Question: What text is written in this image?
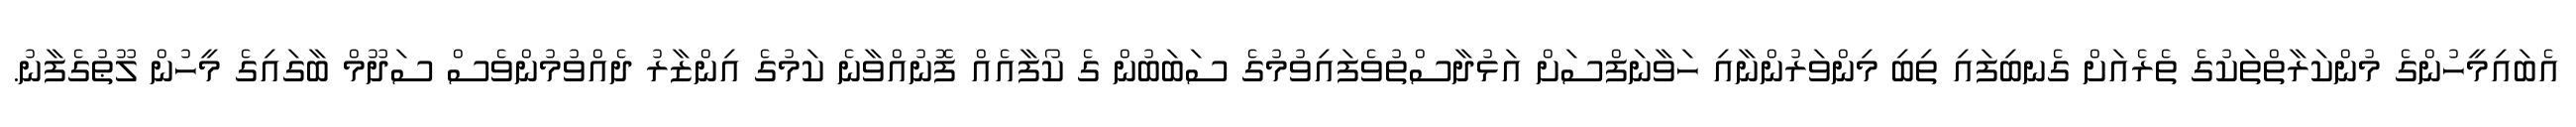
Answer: އެބައިމީހުންގެ މުންކަރާތްތަކުގެ ތެރެއަށް ގެނބިފައި ތިބި މިންވަރުންނާއި ހަވާނަފްސަށް އަޅުދާސްތުވެފައިވުމުގެ ސަބަބުން ގެ ކޯފާއެއް ފޮނުއްވާނެ ކަމުގެ އިންޒާރު ދެއްވުމުންވެސް ސަދޫމް ބާގައިގެ މީހުން ލޫޠުގެފާނު.